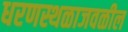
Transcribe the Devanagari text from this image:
धरणस्थळाजवळील